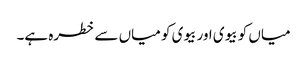
میاں کو بیوی اور بیوی کو میاں سے خطرہ ہے۔